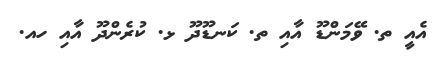
އެއީ ތ. ވޭމަންޑޫ އާއި ތ. ކަނޑޫދޫ ޅ. ކުރެންދޫ އާއި ހއ.